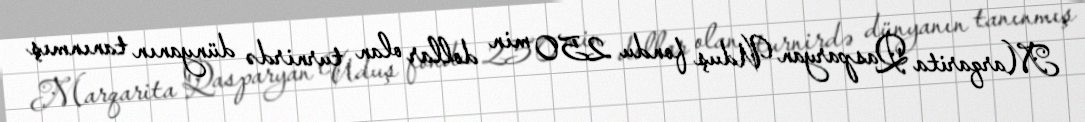
Marqarita Qasparyan Uduş fondu 250 min dollar olan turnirdə dünyanın tanınmış